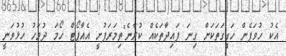
އެކު ހުވަފެން ހަގީގަތަކަށް ގިނަ ފައިދާތަކެއް ކުރާނެ"ތިމަރަފުށީ އެއާޕޯޓް ހޯމަ ދުވަހު ހުޅުވަނީ